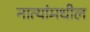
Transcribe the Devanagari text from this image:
नात्यांमधील